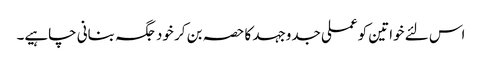
اس لئے خواتین کو عملی جدوجہد کا حصہ بن کر خود جگہ بنانی چاہیے۔